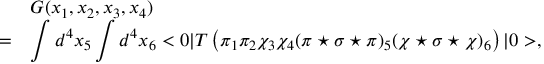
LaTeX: \begin{array} { r l } { { } } & { { G ( x _ { 1 } , x _ { 2 } , x _ { 3 } , x _ { 4 } ) } } \\ { { = } } & { { \displaystyle \int d ^ { 4 } x _ { 5 } \int d ^ { 4 } x _ { 6 } < 0 | T \left( \pi _ { 1 } \pi _ { 2 } \chi _ { 3 } \chi _ { 4 } ( \pi \star \sigma \star \pi ) _ { 5 } ( \chi \star \sigma \star \chi ) _ { 6 } \right) | 0 > , } } \end{array}